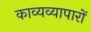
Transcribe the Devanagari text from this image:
काव्यव्यापारों